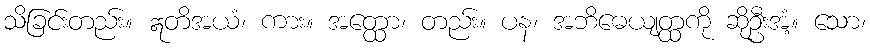
သိခြင်းတည်း။ ဣတိအယံ၊ ကား။ အတ္ထော၊ တည်း။ ပန၊ အဘိဓေယျတ္ထကို ဆိုဦးအံ့။ သော၊